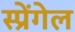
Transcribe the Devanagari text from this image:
स्प्रेंगेल